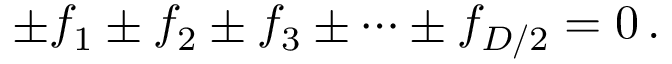
\pm f _ { 1 } \pm f _ { 2 } \pm f _ { 3 } \pm \cdots \pm f _ { D / 2 } = 0 \, .